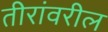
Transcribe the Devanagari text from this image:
तीरांवरील